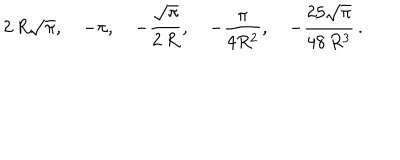
LaTeX: 2 \, R \sqrt \pi , \quad - \pi , \quad - \frac { \sqrt \pi } { 2 \, R } , \quad - \frac { \pi } { 4 R ^ { 2 } } , \quad - \frac { 2 5 \sqrt \pi } { 4 8 \, R ^ { 3 } } \, { . }